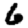
Digit: 6